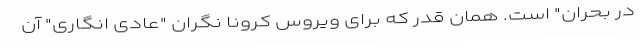
در بحران" است. همان قدر که برای ویروس کرونا نگران "عادی انگاری" آن